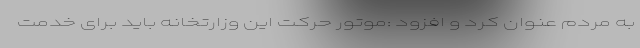
به مردم عنوان کرد و افزود :موتور حرکت این وزارتخانه باید برای خدمت